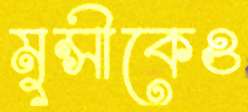
মুন্সীকেও